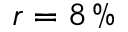
r = 8 \, \%